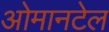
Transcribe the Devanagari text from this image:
ओमानटेल